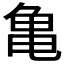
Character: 亀